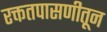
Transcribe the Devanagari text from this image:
रक्ततपासणीतून